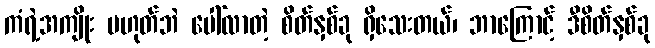
ကံရဲ့အကျိုး မဟုတ်ဘဲ ပေါ်လာတဲ့ စိတ်နှစ်ခု ရှိသေးတယ်၊ ဘာကြောင့် ဒီစိတ်နှစ်ခု